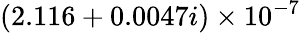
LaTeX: (2.116+0.0047i)\times 10^{-7}